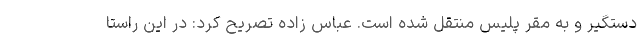
دستگیر و به مقر پلیس منتقل شده است. عباس زاده تصریح کرد: در این راستا